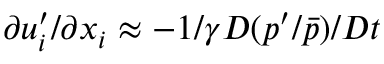
\partial u _ { i } ^ { \prime } / \partial x _ { i } \approx - 1 / \gamma D ( p ^ { \prime } / \bar { p } ) / D t